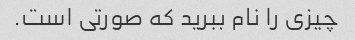
چیزی را نام ببرید که صورتی است.